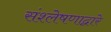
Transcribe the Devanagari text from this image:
संश्लेषणाद्वारे